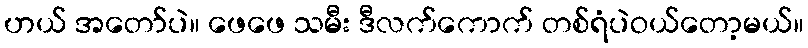
ဟယ် အတော်ပဲ။ ဖေဖေ သမီး ဒီလက်ကောက် တစ်ရံပဲဝယ်တော့မယ်။